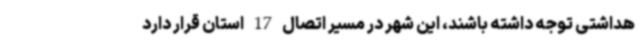
هداشتی توجه داشته باشند، این شهر در مسیر اتصال 17 استان قرار دارد